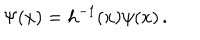
\Psi ( x ) = h ^ { - 1 } ( x ) \psi ( x ) \, .